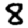
Digit: 8